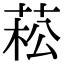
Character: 菘